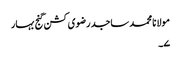
مولانا محمد ساجد رضوی کشن گنج بہار
۷۔